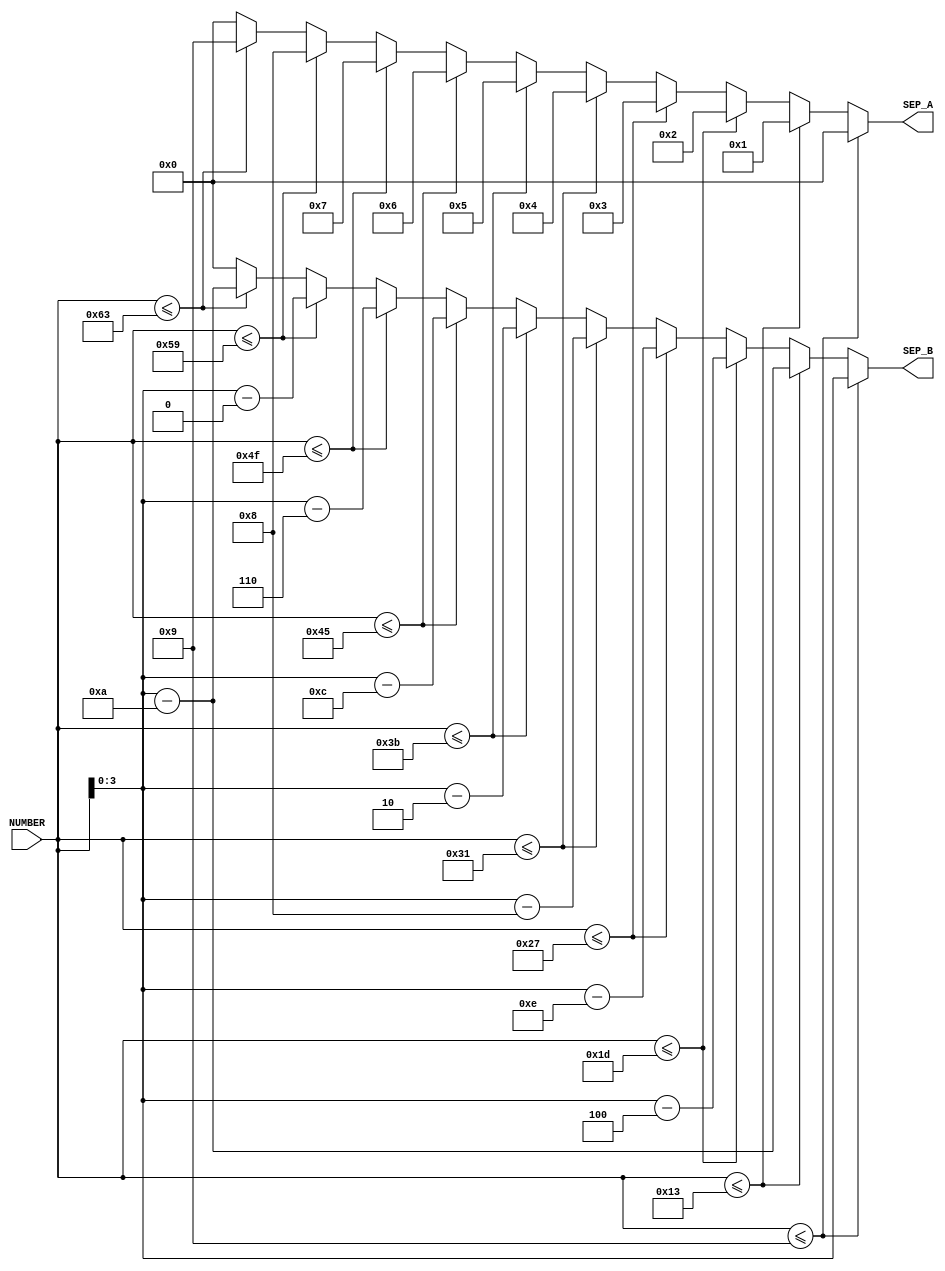







// WT_SEP.v

module WT_SEP(
	NUMBER,
	SEP_A, SEP_B
);

input [6:0] NUMBER;
output reg [3:0] SEP_A, SEP_B;

always @(NUMBER)
begin
	if(NUMBER <= 9)
		begin
			SEP_A = 3'b000;
			SEP_B = NUMBER[3:0];
		end
	else if(NUMBER <= 19)
		begin
			SEP_A = 1;
			SEP_B = NUMBER - 10;
		end
	else if(NUMBER <= 29)
		begin
			SEP_A = 2;
			SEP_B = NUMBER - 20;
		end
	else if(NUMBER <= 39)
		begin
			SEP_A = 3;
			SEP_B = NUMBER - 30;
		end
	else if(NUMBER <= 49)
		begin
			SEP_A = 4;
			SEP_B = NUMBER - 40;
		end
	else if(NUMBER <= 59)
		begin
			SEP_A = 5;
			SEP_B = NUMBER - 50;
		end
	else if(NUMBER <= 69)
		begin
			SEP_A = 6;
			SEP_B = NUMBER - 60;
		end
	else if(NUMBER <= 79)
		begin
			SEP_A = 7;
			SEP_B = NUMBER - 70;
		end
	else if(NUMBER <= 89)
		begin
			SEP_A = 8;
			SEP_B = NUMBER - 80;
		end
	else if(NUMBER <= 99)
		begin
			SEP_A = 9;
			SEP_B = NUMBER - 90;
		end
	else
		begin
			SEP_A = 0;
			SEP_B = 0;
		end
end

endmodule